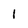
Character: 1